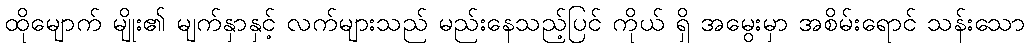
ထိုမျောက် မျိုး၏ မျက်နှာနှင့် လက်များသည် မည်းနေသည့်ပြင် ကိုယ် ရှိ အမွေးမှာ အစိမ်းရောင် သန်းသော